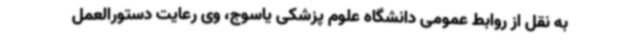
به نقل از روابط عمومی دانشگاه علوم پزشکی یاسوج، وی رعایت دستورالعمل